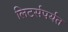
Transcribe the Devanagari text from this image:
लिटर्सपर्यंत